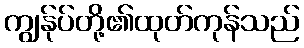
ကျွန်ုပ်တို့၏ထုတ်ကုန်သည်